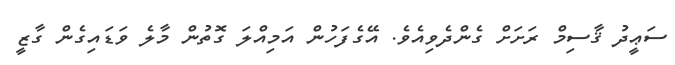
ސަޢީދު ޤާސިމް ރަށަށް ގެންދެވިއެވެ. އޭގެފަހުން އަމިއްލަ ގޮތުން މާލެ ވަޑައިގެން ގާޒީ